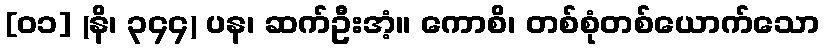
[၀၁] (နိ၊ ၃၄၄) ပန၊ ဆက်ဦးအံ့။ ကောစိ၊ တစ်စုံတစ်ယောက်သော